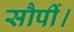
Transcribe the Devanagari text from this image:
सौपीं।